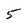
Character: 5